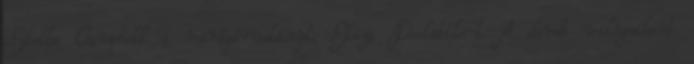
Stella Campbell a virágáruslányt, Eliza Doolittle-t. A darab világsikert